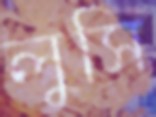
লুসি